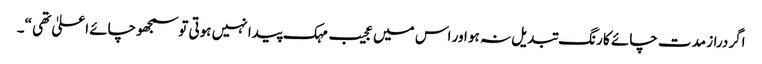
اگردراز مدت چائے کا رنگ تبدیل نہ ہو اور اس میں عجیب مہک پیدا نہیں ہوتی توسمجھوچائے اعلیٰ تھی “۔